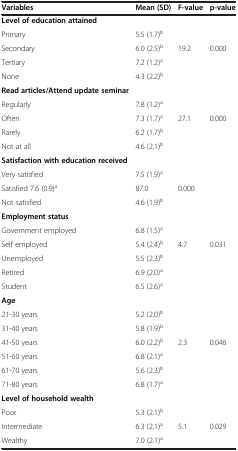
<table><thead><tr><td><b>Variables</b></td><td><b>Mean (SD)</b></td><td><b>F-value</b></td><td><b>p-value</b></td></tr></thead><tbody><tr><td><b>Level of education attained</b></td><td> </td><td> </td><td> </td></tr><tr><td>Primary</td><td>5.5 (1.7)<sup>b</sup></td><td> </td><td> </td></tr><tr><td>Secondary</td><td>6.0 (2.5)<sup>b</sup></td><td>19.2</td><td>0.000</td></tr><tr><td>Tertiary</td><td>7.2 (1.2)<sup>a</sup></td><td> </td><td> </td></tr><tr><td>None</td><td>4.3 (2.2)<sup>b</sup></td><td> </td><td> </td></tr><tr><td><b>Read articles/Attend update seminar</b></td><td> </td><td> </td><td> </td></tr><tr><td>Regularly</td><td>7.8 (1.2)<sup>a</sup></td><td> </td><td> </td></tr><tr><td>Often</td><td>7.3 (1.7)<sup>a</sup></td><td>27.1</td><td>0.000</td></tr><tr><td>Rarely</td><td>6.2 (1.7)<sup>b</sup></td><td> </td><td> </td></tr><tr><td>Not at all</td><td>4.6 (2.1)<sup>b</sup></td><td> </td><td> </td></tr><tr><td><b>Satisfaction with education received</b></td><td> </td><td> </td><td> </td></tr><tr><td>Very satisfied</td><td>7.5 (1.9)<sup>a</sup></td><td> </td><td> </td></tr><tr><td>Satisfied 7.6 (0.9)<sup>a</sup></td><td>87.0</td><td>0.000</td><td> </td></tr><tr><td>Not satisfied</td><td>4.6 (1.9)<sup>b</sup></td><td> </td><td> </td></tr><tr><td><b>Employment status</b></td><td> </td><td> </td><td> </td></tr><tr><td>Government employed</td><td>6.8 (1.5)<sup>a</sup></td><td> </td><td> </td></tr><tr><td>Self employed</td><td>5.4 (2.4)<sup>b</sup></td><td>4.7</td><td>0.031</td></tr><tr><td>Unemployed</td><td>5.5 (2.3)<sup>b</sup></td><td> </td><td> </td></tr><tr><td>Retired</td><td>6.9 (2.0)<sup>a</sup></td><td> </td><td> </td></tr><tr><td>Student</td><td>6.5 (2.6)<sup>a</sup></td><td> </td><td> </td></tr><tr><td><b>Age</b></td><td> </td><td> </td><td> </td></tr><tr><td>21-30 years</td><td>5.2 (2.0)<sup>b</sup></td><td> </td><td> </td></tr><tr><td>31-40 years</td><td>5.8 (1.9)<sup>b</sup></td><td> </td><td> </td></tr><tr><td>41-50 years</td><td>6.0 (2.2)<sup>b</sup></td><td>2.3</td><td>0.046</td></tr><tr><td>51-60 years</td><td>6.8 (2.1)<sup>a</sup></td><td> </td><td> </td></tr><tr><td>61-70 years</td><td>5.6 (2.3)<sup>b</sup></td><td> </td><td> </td></tr><tr><td>71-80 years</td><td>6.8 (1.7)<sup>a</sup></td><td> </td><td> </td></tr><tr><td><b>Level of household wealth</b></td><td> </td><td> </td><td> </td></tr><tr><td>Poor</td><td>5.3 (2.1)<sup>b</sup></td><td> </td><td> </td></tr><tr><td>Intermediate</td><td>6.3 (2.1)<sup>a</sup></td><td>5.1</td><td>0.029</td></tr><tr><td>Wealthy</td><td>7.0 (2.1)<sup>a</sup></td><td> </td><td> </td></tr></tbody></table>